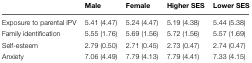
|  | Male | Female | Higher SES | Lower SES |
 | --- | --- | --- | --- | --- |
 | Exposure to parental IPV | 5.41 (4.47) | 5.24 (4.47) | 5.19 (4.38) | 5.44 (5.38) |
 | Family identification | 5.55 (1.76) | 5.69 (1.56) | 5.72 (1.56) | 5.57 (1.69) |
 | Self-esteem | 2.79 (0.50) | 2.71 (0.45) | 2.73 (0.47) | 2.74 (0.47) |
 | Anxiety | 7.06 (4.49) | 7.79 (4.13) | 7.79 (4.41) | 7.33 (4.15) |